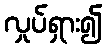
လှုပ်ရှား၍